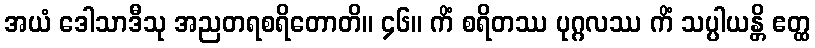
အယံ ဒေါသာဒီသု အညတရစရိတောတိ။ ၄၆။ ကိံ စရိတဿ ပုဂ္ဂလဿ ကိံ သပ္ပါယန္တိ ဧတ္ထ